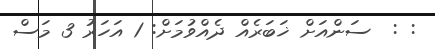
: :  ސަންއަށް ޚަބަރެއް ދެއްވުމަށް: 1 އަހަރު 3 މަސް